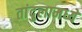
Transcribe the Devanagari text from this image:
तांदुलामध्ये